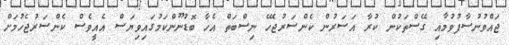
ޖައްވުނުސާފުވުމާއި ގޭސްތަކުން ކުރާ އަސަރުން ކެންސަރުޖެހޭ ނިސްބަތް އެހާ ބޮޑުނޫންކަމުގައިވިޔަސް އެއީވެސް ކެންސަރުޖެހުމަށް